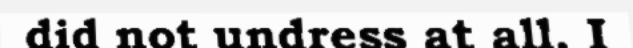
did not undress at all. I